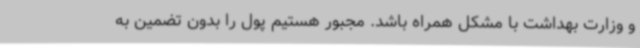
و وزارت بهداشت با مشکل همراه باشد. مجبور هستیم پول را بدون تضمین به